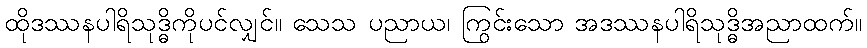
ထိုဒဿနပါရိသုဒ္ဓိကိုပင်လျှင်။ သေသ ပညာယ၊ ကြွင်းသော အဒဿနပါရိသုဒ္ဓိအညာထက်။